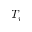
T _ { i }